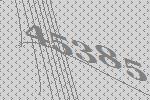
45385